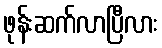
ဖုန်းဆက်လာပြီလား